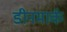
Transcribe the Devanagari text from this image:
डीनमार्क